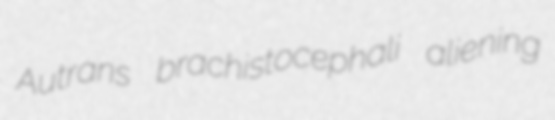
Autrans brachistocephali aliening